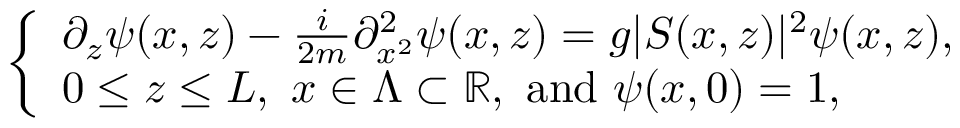
\left\lbrace \begin{array} { l } { \partial _ { z } \psi ( x , z ) - \frac { i } { 2 m } \partial _ { x ^ { 2 } } ^ { 2 } \psi ( x , z ) = g \vert S ( x , z ) \vert ^ { 2 } \psi ( x , z ) , } \\ { 0 \le z \le L , \ x \in \Lambda \subset \mathbb { R } , \ \mathrm { a n d } \ \psi ( x , 0 ) = 1 , } \end{array} \right.